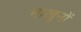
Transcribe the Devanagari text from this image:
नाखुनों